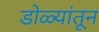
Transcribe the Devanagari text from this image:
डोळ्यांतून